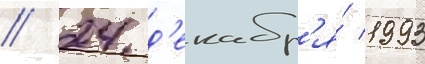
// 24 д'екабр'я́ 1993